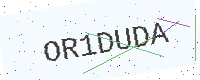
Text: OR1DUDA